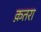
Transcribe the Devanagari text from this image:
क़तरा